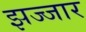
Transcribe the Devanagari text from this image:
झज्जार